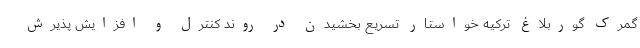
گمرک گوربلاغ ترکیه خواستار تسریع بخشیدن در روند کنترل و افزایش پذیرش